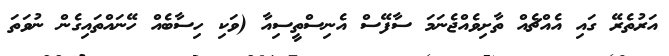
އަރުތެރޭ ގައި އެއްޗެއް ތާށިވެއްޖެނަމަ ސާފޭސް އެނިސްތީސިއާ (ވަކި ހިސާބެއް ހޭނައްތައިގެން ނުވަތަ